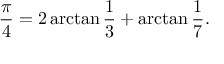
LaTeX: { \frac { \pi } { 4 } } = 2 \arctan { \frac { 1 } { 3 } } + \arctan { \frac { 1 } { 7 } } .